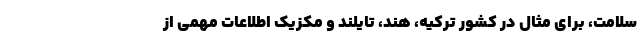
سلامت، برای مثال در کشور ترکیه، هند، تایلند و مکزیک اطلاعات مهمی از